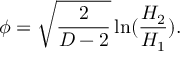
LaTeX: \phi = \sqrt { \frac { 2 } { D - 2 } } \ln ( \frac { H _ { 2 } } { H _ { 1 } } ) .